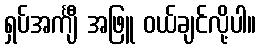
ရှပ်အင်္ကျီ အဖြူ ဝယ်ချင်လို့ပါ။